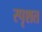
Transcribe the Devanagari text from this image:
स्पृशत